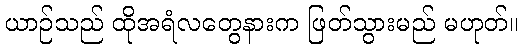
ယာဉ်သည် ထိုအရံလတွေနားက ဖြတ်သွားမည် မဟုတ်။